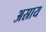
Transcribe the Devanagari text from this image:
अस्राय